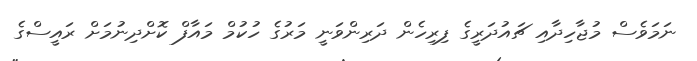
ނަމަވެސް މުޖާހިދާއި ޗައުދަރީގެ ފިރިހެން ދަރިންވަނީ މަރުގެ ހުކުމް މައާފް ކޮށްދިނުމަށް ރައީސްގެ